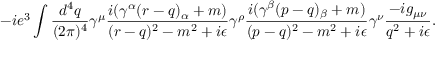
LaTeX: - i e ^ { 3 } \int { \frac { d ^ { 4 } q } { ( 2 \pi ) ^ { 4 } } } \gamma ^ { \mu } { \frac { i ( \gamma ^ { \alpha } ( r - q ) _ { \alpha } + m ) } { ( r - q ) ^ { 2 } - m ^ { 2 } + i \epsilon } } \gamma ^ { \rho } { \frac { i ( \gamma ^ { \beta } ( p - q ) _ { \beta } + m ) } { ( p - q ) ^ { 2 } - m ^ { 2 } + i \epsilon } } \gamma ^ { \nu } { \frac { - i g _ { \mu \nu } } { q ^ { 2 } + i \epsilon } } .